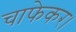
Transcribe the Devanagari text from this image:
चाफेकर।